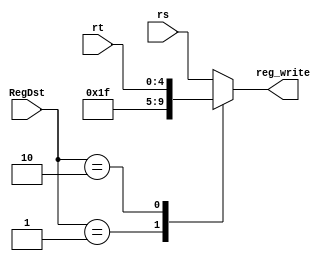
`timescale 1ns / 1ps
//////////////////////////////////////////////////////////////////////////////////
// Company: 
// Engineer: 
// 
// Design Name: 
// Module Name:    Write_Reg_MUX 
// Project Name: 
// Target Devices: 
// Tool versions: 
// Description: 
//
// Dependencies: 
//
// Revision: 
// Revision 0.01 - File Created
// Additional Comments:
//
//////////////////////////////////////////////////////////////////////////////////
module Write_Reg_MUX(
	input [4:0] rs,
	input [4:0] rt,
	input [1:0] RegDst,
	output reg [4:0] reg_write
    );

	always @(*) begin
		case(RegDst)
			2'b00: begin
				reg_write <= rs;
			end
			2'b01: begin
				reg_write <= 5'd31;
			end
			2'b10: begin
				reg_write <= rt;
			end
			default: reg_write <= rs;
		endcase
	 end

endmodule